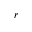
r